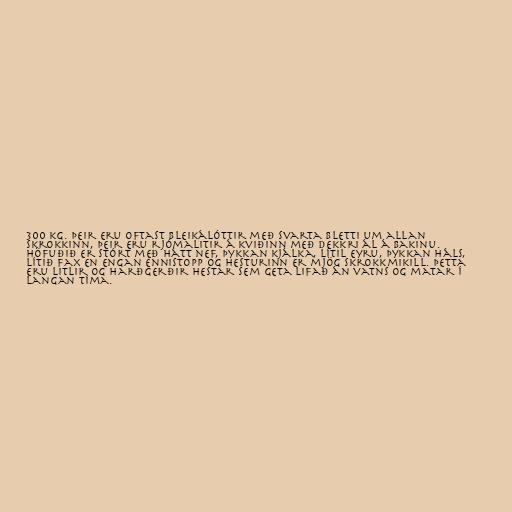
300 kg. Þeir eru oftast bleikálóttir með svarta bletti um allan
skrokkinn, þeir eru rjómalitir á kviðinn með dekkri ál á bakinu.
Höfuðið er stórt með hátt nef, þykkan kjálka, lítil eyru, þykkan háls,
lítið fax en engan ennistopp og hesturinn er mjög skrokkmikill. Þetta
eru litlir og harðgerðir hestar sem geta lifað án vatns og matar í
langan tíma.